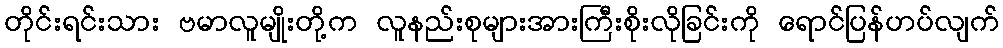
တိုင်းရင်းသား ဗမာလူမျိုးတို့က လူနည်းစုများအားကြီးစိုးလိုခြင်းကို ရောင်ပြန်ဟပ်လျက်